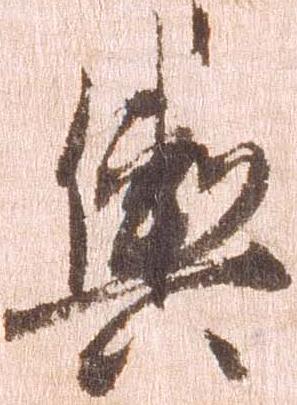
輿